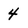
Character: 4